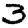
Digit: 3